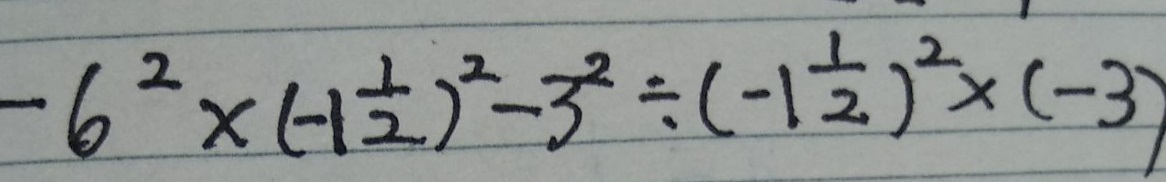
- 6 ^ { 2 } \times ( - 1 \frac { 1 } { 2 } ) ^ { 2 } - 3 ^ { 2 } \div ( - 1 \frac { 1 } { 2 } ) ^ { 2 } \times ( - 3 )